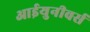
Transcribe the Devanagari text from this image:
आईयुनीवर्स